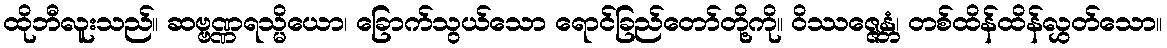
ထိုဘီလူးသည်။ ဆဗ္ဗဏ္ဏရသ္မိယော၊ ခြောက်သွယ်သော ရောင်ခြည်တော်တို့ကို။ ဝိဿဇ္ဇေန္တံ၊ တစ်ထိန်ထိန်လွှတ်သော။